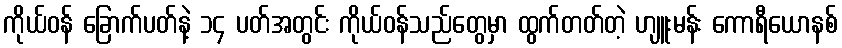
ကိုယ်ဝန် ခြောက်ပတ်နဲ့ ၁၄ ပတ်အတွင်း ကိုယ်ဝန်သည်တွေမှာ ထွက်တတ်တဲ့ ဟျူးမန်း ကောရီယောနစ်